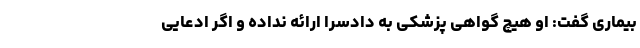
بیماری گفت: او هیچ گواهی پزشکی به دادسرا ارائه نداده و اگر ادعایی